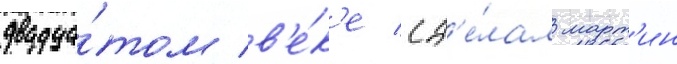
двадца́том в'е́к'е сд'е́лал март'ин